Lunatic asylums Central Provinces reports 1874-1885 - 1874-1885
Year: 1874
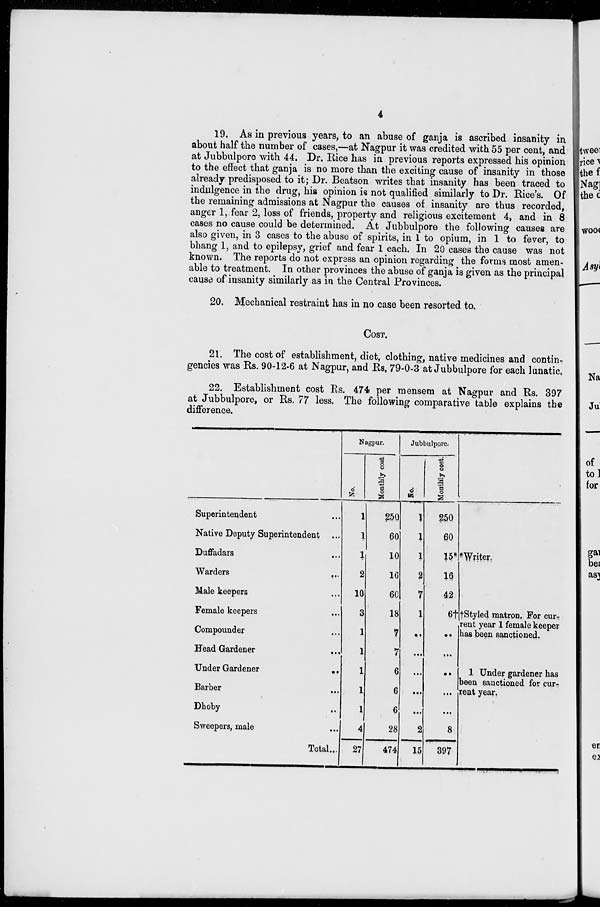
4
19. As in previous years, to an abuse of ganja is ascribed insanity in
about half the number of cases,—at Nagpur it was credited with 55 per cent, and
at Jubbulpore with 44. Dr. Rice has in previous reports expressed his opinion
to the effect that ganja is no more than the exciting cause of insanity in those
already predisposed to it; Dr. Beatson writes that insanity has been traced to
indulgence in the drug, his opinion is not qualified similarly to Dr. Rice's. Of
the remaining admissions at Nagpur the causes of insanity are thus recorded,
anger 1, fear 2, loss of friends, property and religious excitement 4, and in 8
cases no cause could be determined. At Jubbulpore the following causes are
also given, in 3 cases to the abuse of spirits, in 1 to opium, in 1 to fever, to
bhang 1, and to epilepsy, grief and fear 1 each. In 20 cases the cause was not
known. The reports do not express an opinion regarding the forms most amen-
able to treatment. In other provinces the abuse of ganja is given as the principal
cause of insanity similarly as in the Central Provinces.
20. Mechanical restraint has in no case been resorted to.
COST.
21. The cost of establishment, diet, clothing, native medicines and contin-
gencies was Rs. 90-12-6 at Nagpur, and Rs. 79-0-3 at Jubbulpore for each lunatic.
22. Establishment cost Rs. 474 per mensem at Nagpur and Rs. 397
at Jubbulpore, or Rs. 77 less. The following comparative table explains the
difference.
Superintendent ...
Native Deputy Superintendent ...
Duffadars ...
Warders
...
Male keepers
...
Female keepers ...
Compounder ...
Head Gardener
...
Under Gardener
...
Barber ...
Dhoby ...
Sweepers, male ...
Total...
Nagpur.
No.
1
1
1
2
10
3
1
1
1
1
1
4
27
Monthly cost.
250
60
10
16
60
18
7
7
6
6
6
28
474
Jubbulpore.
No.
1
1
1
2
7
1
..
...
...
...
...
2
15
Monthly cost.
250
60
15*
16
42
6†
..
...
...
...
...
8
397
*Writer
†Styled matron. For cur-
rent year 1 female keeper
has been sanctioned.
1 Under gardener has
been sanctioned for cur-
rent year.